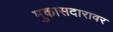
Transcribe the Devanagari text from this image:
मुकासदारावर